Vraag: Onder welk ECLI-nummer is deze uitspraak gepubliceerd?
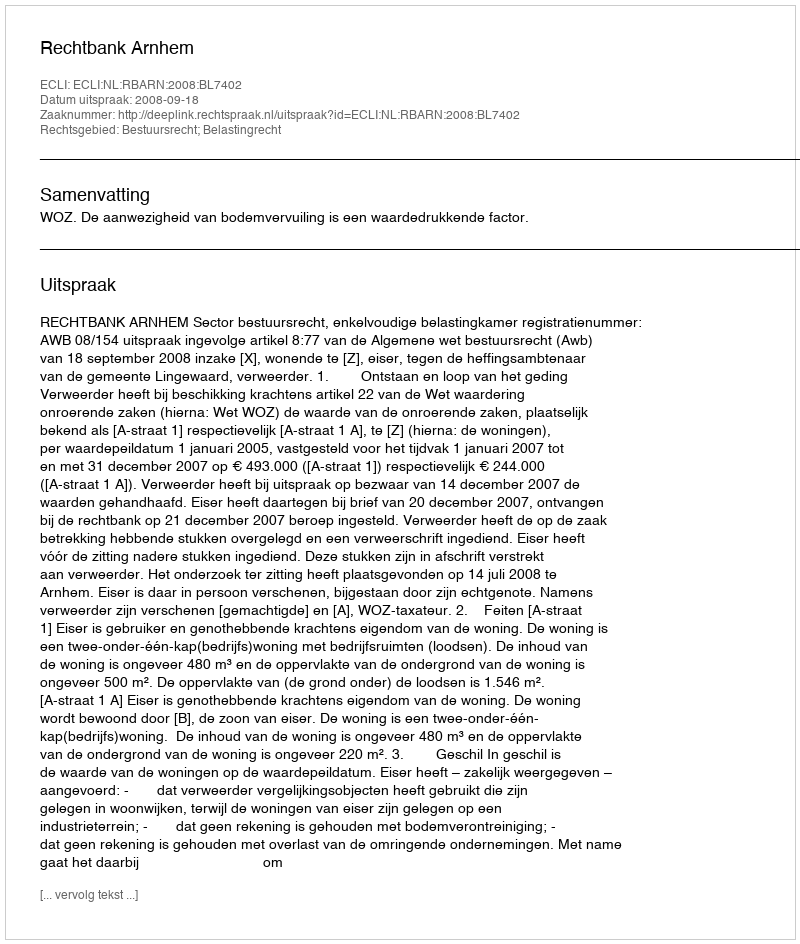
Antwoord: ECLI:NL:RBARN:2008:BL7402